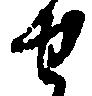
せ